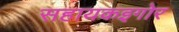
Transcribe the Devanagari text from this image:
सहायकइगोर